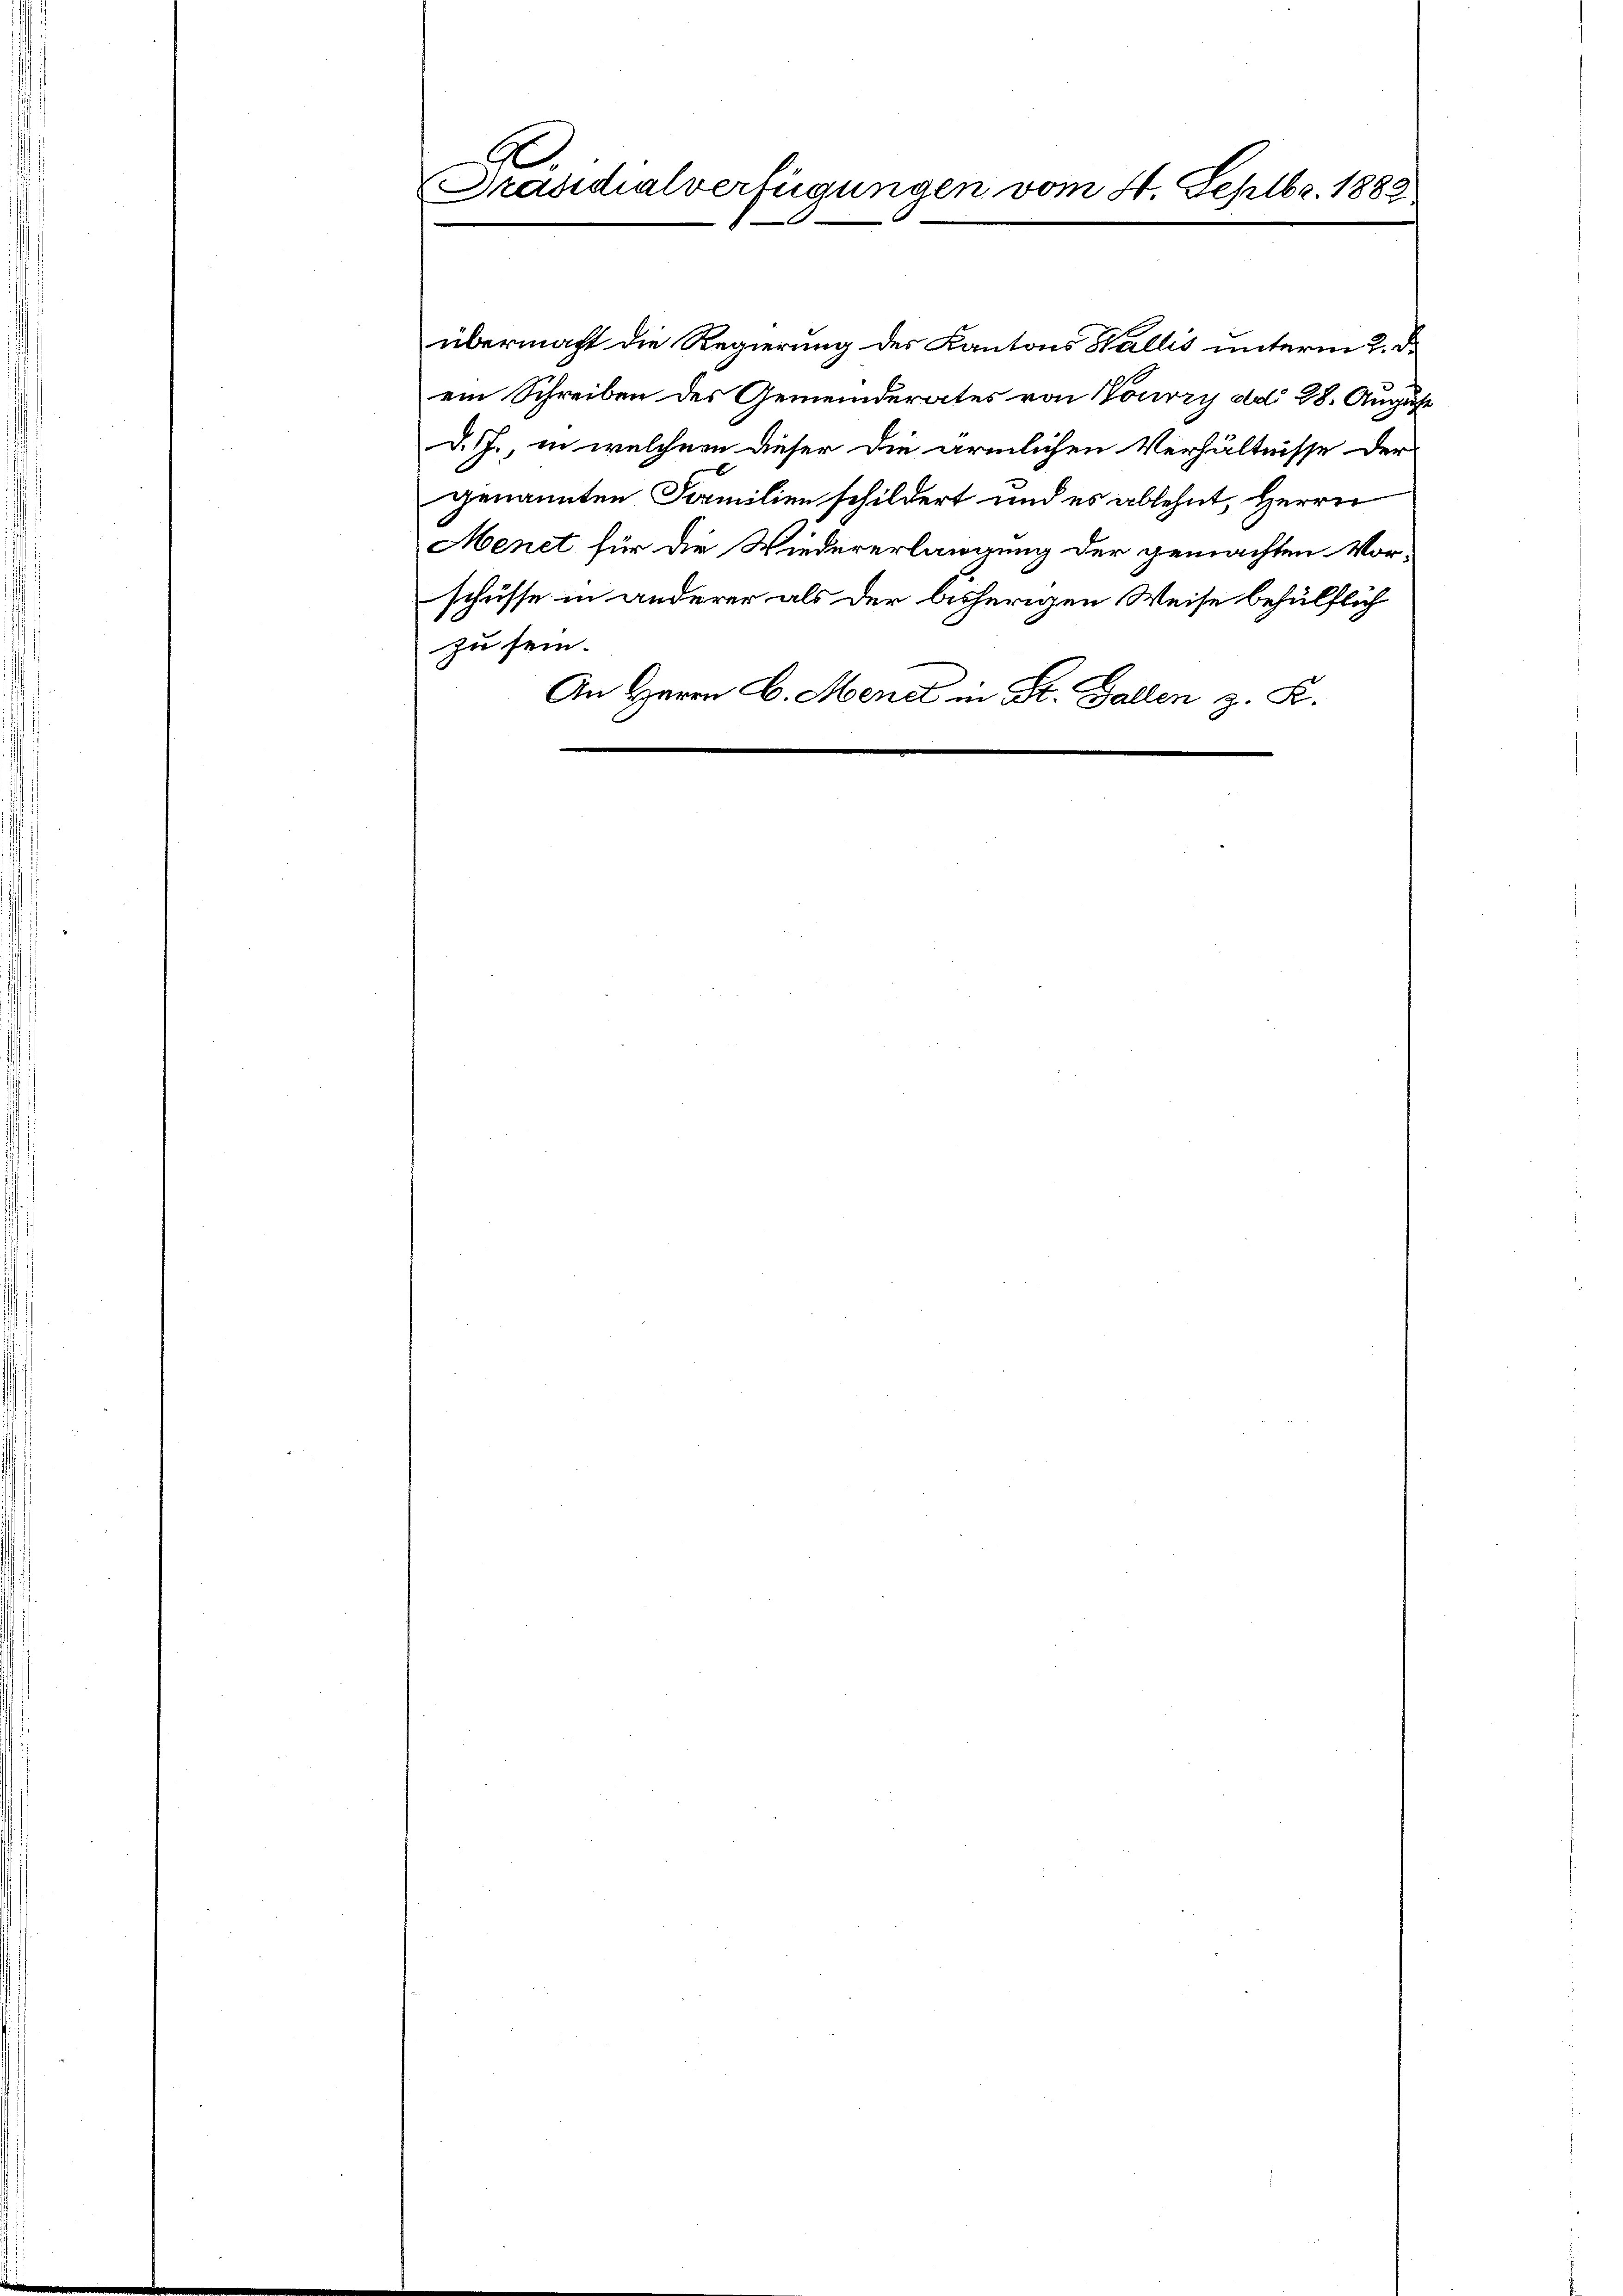
A
Präsidialverfügungen vom 4. Septbr. 1883

übermacht die Regierung des Kantons Wallis unterm 2. d.
ein Schreiben des Gemeinderates von Nouvry ddo 28. August
d. J., in welchem dieser die ärmlichen Verhältnisse der
genannten Familien schildert und es ablehnt, Herrn
Menet für die Wiedererlangung der gemachten Vor-
schüsse in anderer als der bisherigen Weise behülflich
zu sein.
An Herrn C. Menet in St. Gallen z. R.